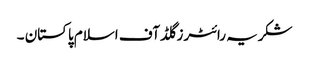
شکریہ رائٹرز گلڈ آف اسلام پاکستان ۔